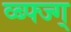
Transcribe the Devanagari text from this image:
व्ब्फ्ज्ग्